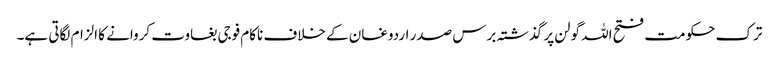
ترک حکومت فتح اللہ گولن پر گذشتہ برس صدر اردوغان کے خلاف ناکام فوجی بغاوت کروانے کا الزام لگاتی ہے۔